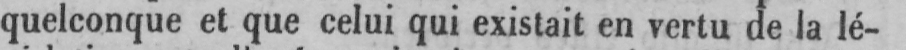
quelconque et que celui qui existait en vertu de la lé-